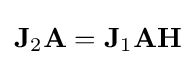
{\textstyle \mathbf {J} _{2}\mathbf {A} =\mathbf {J} _{1}\mathbf {A} \mathbf {H} }